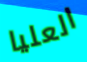
العليا